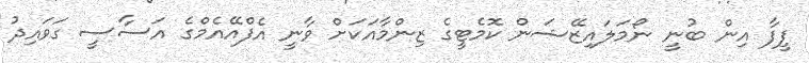
ފީފާ އިން ބުނީ ނޯމަލައިޒޭޝަން ކޮމެޓީގެ ޒިންމާއަކަށް ވާނީ އެފްއޭއެމްގެ އަސާސީ ގަވައިދު